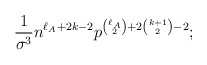
\begin{align*}\frac{1}{\sigma^3}n^{\ell_A+2k-2}p^{\binom{\ell_A}{2}+2\binom{k+1}{2}-2};\end{align*}